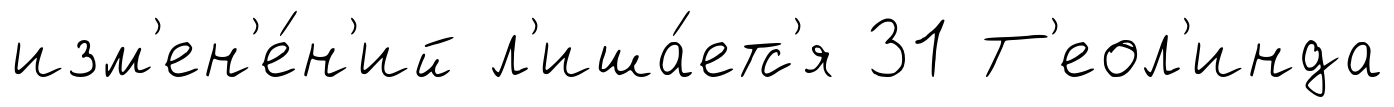
изм'ен'е́н'ий л'иша́етс'я 31 Т'еол'инда